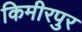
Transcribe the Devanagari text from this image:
किमीरपुर